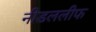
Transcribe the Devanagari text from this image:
नीडललीफ